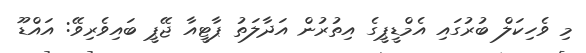
މި ވެހިކަލް ބުރުގައި އެމްޑީޕީގެ އިތުރުން އަދާލަތު ޕާޓީއާ ޖޭޕީ ބައިވެރިވޭ: އައްޑޫ